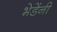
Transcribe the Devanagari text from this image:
भेडेंनी